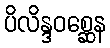
ပိလိန္ဒဝစ္ဆေန